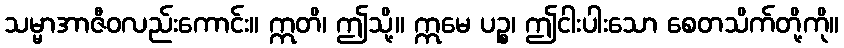
သမ္မာအာဇီဝလည်းကောင်း။ ဣတိ၊ ဤသို့။ ဣမေ ပဉ္စ၊ ဤငါးပါးသော စေတသိက်တို့ကို။